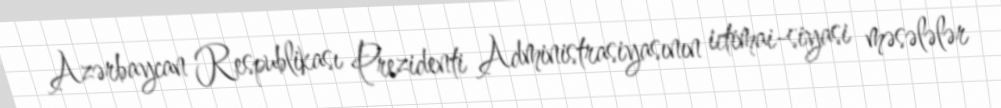
Azərbaycan Respublikası Prezidenti Administrasiyasının ictimai-siyasi məsələlər